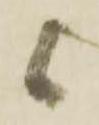
候